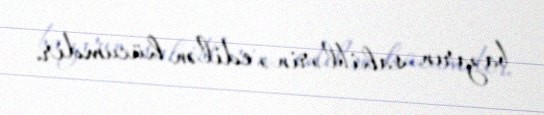
bazarın sahiblərinə edilən hücumdir.